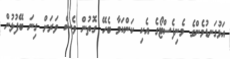
އަޅުގަނޑުމެންގެ މެނިފެސްޓޯގެ އެކި ކަންކަމާ ބެހޭ ގޮތުން ވެސް ވަރަށް ގިނަ ބޭފުޅުން